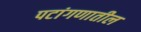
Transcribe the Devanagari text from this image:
पटांगणातील